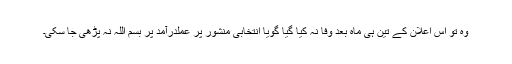
وہ تو اس اعلان کے تین ہی ماہ بعد وفا نہ کیا گیا گویا انتخابی منشور پر عملدرآمد پر بسم اللہ نہ پڑھی جا سکی۔